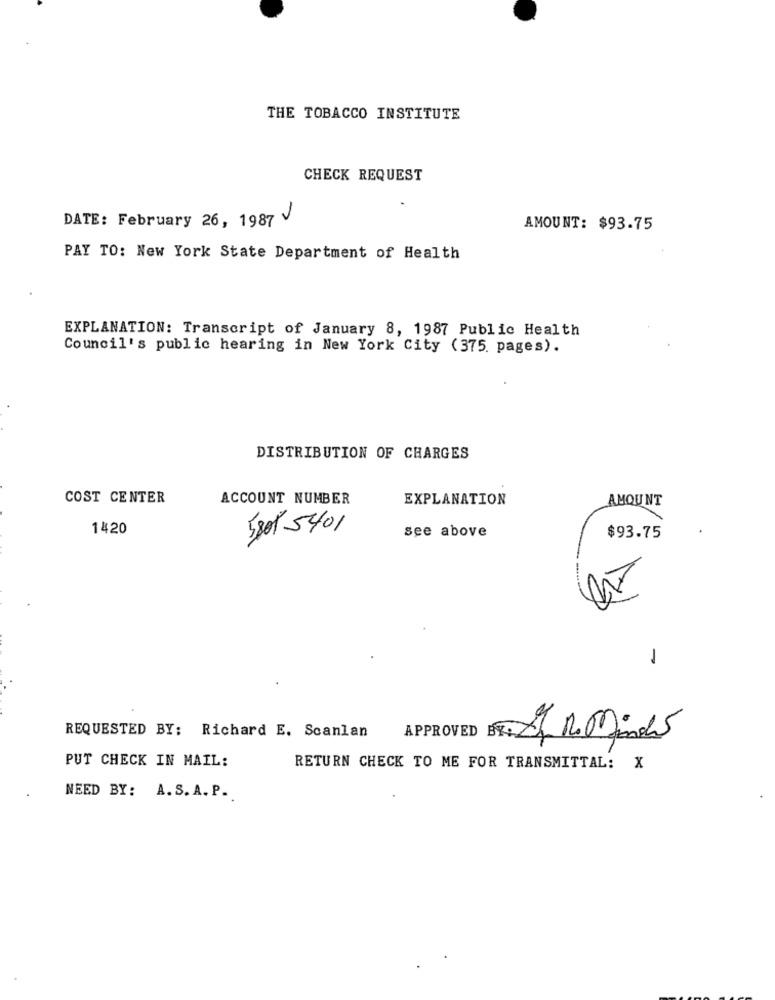
THE TOBACCO INSTITUTE
CHECK REQUEST
DATE: February 26, 1987
AMOUNT: $93.75
PAY TO: New York State Department of Health
EXPLANATION: Transcript of January 8, 1987 Public Health
Council's public hearing in New York City (375. pages).
DISTRIBUTION OF CHARGES
COST CENTER
ACCOUNT NUMBER
EXPLANATION
AMOUNT
1420
5801 5401
see above
$93.75
1
REQUESTED BY: Richard E. Scanlan
APPROVED BY An Reminds
PUT CHECK IN MAIL:
RETURN CHECK TO ME FOR TRANSMITTAL: X
NEED BY: A. S. A. P.